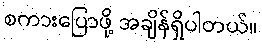
စကားပြောဖို့ အချိန်ရှိပါတယ်။